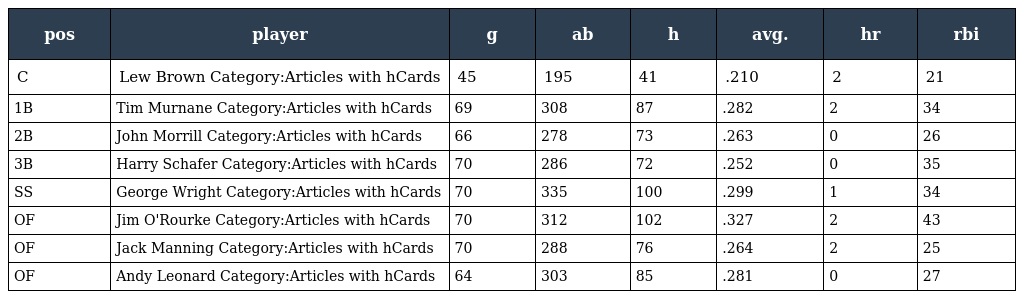
| pos | player | g | ab | h | avg. | hr | rbi |
 | --- | --- | --- | --- | --- | --- | --- | --- |
 | C | Lew Brown Category:Articles with hCards | 45 | 195 | 41 | .210 | 2 | 21 |
 | 1B | Tim Murnane Category:Articles with hCards | 69 | 308 | 87 | .282 | 2 | 34 |
 | 2B | John Morrill Category:Articles with hCards | 66 | 278 | 73 | .263 | 0 | 26 |
 | 3B | Harry Schafer Category:Articles with hCards | 70 | 286 | 72 | .252 | 0 | 35 |
 | SS | George Wright Category:Articles with hCards | 70 | 335 | 100 | .299 | 1 | 34 |
 | OF | Jim O'Rourke Category:Articles with hCards | 70 | 312 | 102 | .327 | 2 | 43 |
 | OF | Jack Manning Category:Articles with hCards | 70 | 288 | 76 | .264 | 2 | 25 |
 | OF | Andy Leonard Category:Articles with hCards | 64 | 303 | 85 | .281 | 0 | 27 |